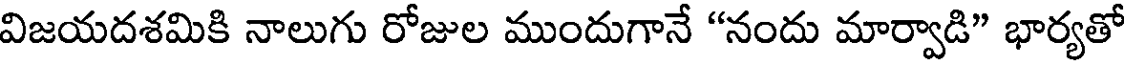
విజయదశమికి నాలుగు రోజుల ముందుగానే "నందు మార్వాడి" భార్యతో